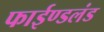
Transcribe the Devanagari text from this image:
फाईण्डलंड